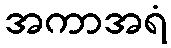
အကာအရံ